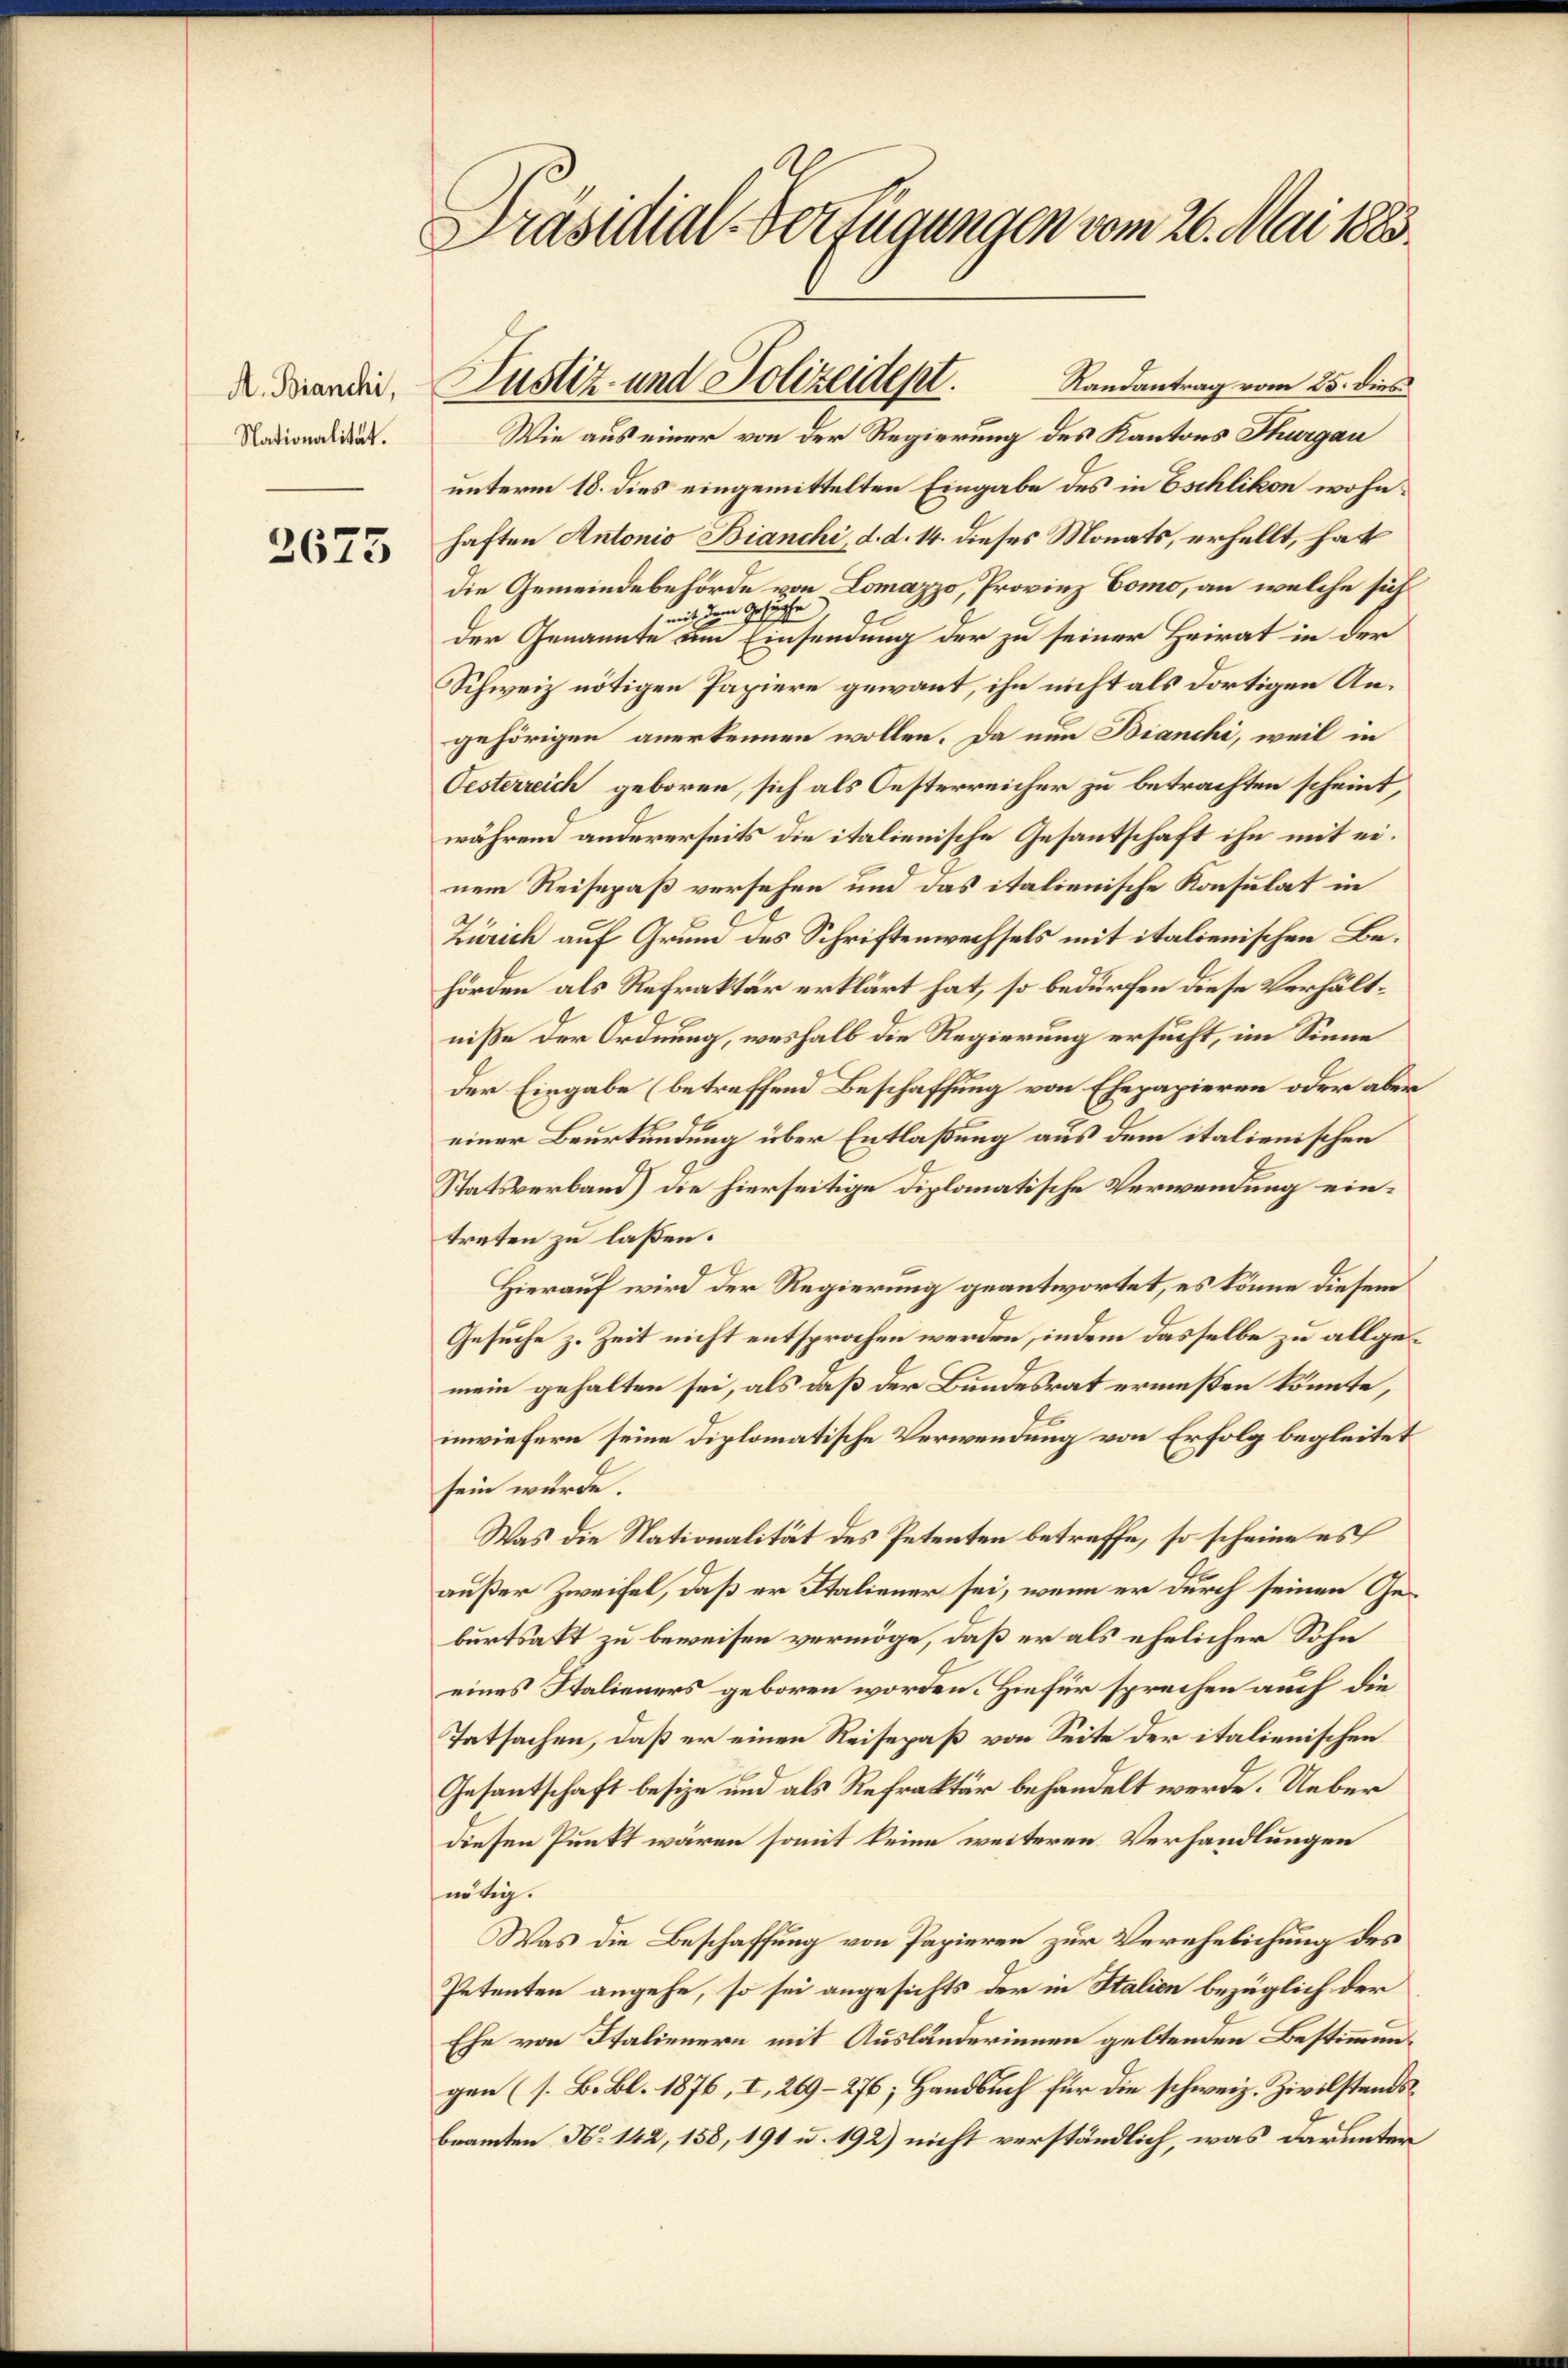
A. Bianchi,
Nationalität.

2673

Präsidial-Verfügungen vom 26. Mai 1883.

Randantrag vom 25. dies
Wie aus einer von der Regierung des Kantons Thurgau
unterm 18. dies eingemittelten Eingabe des in Eschlikon wohnhaften Antonio Bianchi, d. d. 14. dieses Monats, erhellt, hat
die Gemeindebehörde von Lomazzo, Provinz Como, an welche sich
mit dem Gesuche
der Genannte um Einsendung der zu seiner Heirat in der
Schweiz nötigen Papiere gewant, ihn nicht als dortigen Angehörigen anerkennen wollen. Da nun Bianchi, weil in
Oesterreich geboren, sich als Oesterreicher zu betrachten scheint,
während andererseits die italienische Gesantschaft ihn mit einem Reisepaß versehen und das italienische Konsulat in
Zürich auf Grund des Schriftenwechsels mit italienischen Behörden als Refraktär erklärt hat, so bedürfen diese Verhältniße der Ordnung, weshalb die Regierung ersucht, im Sinne
Der Eingabe (betreffend Beschaffung von Ehepapieren oder aber
einer Beurkundung über Entlaßung aus dem italienischen
Statsverband) die hierseitige Diplomatische Verwendung eintreten zu laßen.
Hierauf wird der Regierung geantwortet, es könne diesem
Gesuche z. Zeit nicht entsprochen werden, indem dasselbe zu allgemein gehalten sei, als daß der Bundesrat ermeßen könnte,
inwiefern seine diplomatische Verwendung von Erfolg begleitet
sein würde.
Was die Nationalität des Petenten betreffe, so scheine es
außer Zweifel, daß er Italiener sei, wenn er durch seinen Geburtsakt zu beweisen vermöge, daß er als ehelicher Sohn
eines Italieners geboren worden. Hiefür sprechen auch die
Tatsachen, daß er einen Reisepaß von Seite der italienischen
Gesantschaft besize und als Refraktär behandelt werde. Ueber
diesen Punkt wären somit keine weiteren Verhandlungen
nötig.
Was die Beschaffung von Papieren zur Verehelichung des
Petenten angehe, so sei angesichts der in Stalien bezüglich der
Ehe von Italienern mit Ausländerinnen geltenden Bestimmungen (s. B. Bl. 1876, I, 269–276; Handbuch für die schweiz. Zivilstandsbeamten No 142, 158, 191 u. 192) nicht verständlich, was darunter

Justiz- und Polizeidept.